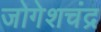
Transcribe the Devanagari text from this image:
जोगेशचंद्र